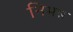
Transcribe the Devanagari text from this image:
निभन्न